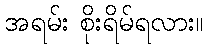
အရမ်း စိုးရိမ်ရလား။